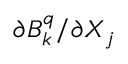
\partial B _ { k } ^ { q } / \partial X _ { j }